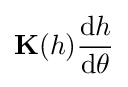
\mathbf {K} (h){\frac {{\textrm {d}}h}{{\textrm {d}}\theta }}